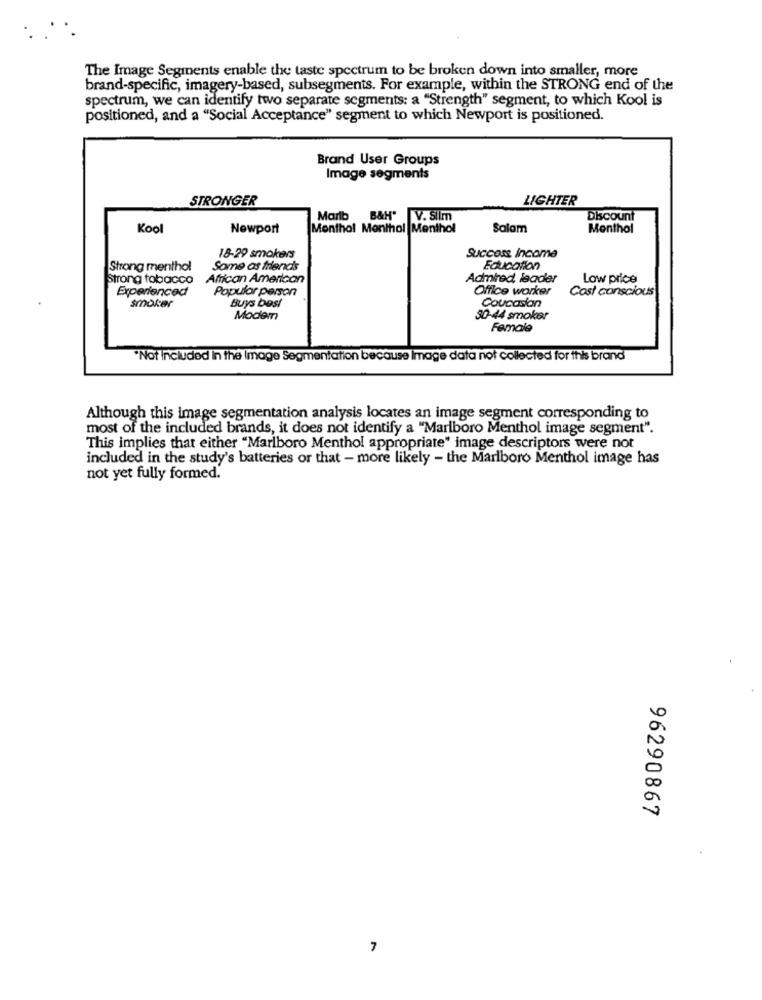
The Image Segments enable the taste spectrum to be broken down into smaller, more
brand-specific, imagery-based, subsegments. For example, within the STRONG end of the
spectrum, we can identify two separate segments: a "Strength" segment, to which Kool is
positioned, and a "Social Acceptance" segment to which Newport is positioned.
Brand User Groups
Image segments
STRONGER
LIGHTER
Marib
BAH"
V. Silm
Discount
Kool
Newport
Monthol Monthol Menthol
Salam
Menthol
18-29 smokers
Succoss, income
Strong menthol
Some os friends
Education
Strong tobacco
African American
Admired, leader
Low price
Experienced
Popular person
Office worker
Cost conscious
smoker
Buys best
Caucasian
Modem
30-44 smoker
Female
"Not included in the Image Segmentation because Image data not collected for this brand
Although this image segmentation analysis locates an image segment corresponding to
most of the included brands, it does not identify a "Marlboro Menthol image segment".
This implies that either "Marlboro Menthol appropriate" image descriptors were not
included in the study's batteries or that - more likely - the Marlboro Menthol image has
not yet fully formed.
96290867
7